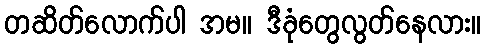
တဆိတ်လောက်ပါ အမ။ ဒီခုံတွေလွတ်နေလား။